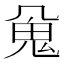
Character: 𱆖